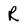
Character: R